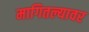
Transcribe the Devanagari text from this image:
मागितल्यावर